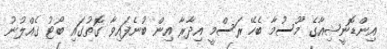
އިިންޑޮނީޝިއާގެ މޫސުމާ ބެހޭ ރަސްމީ އިދާރާ އިން ބުނެފައިވާ ގޮތުގައި ބޯޓު ގެއްލުނު